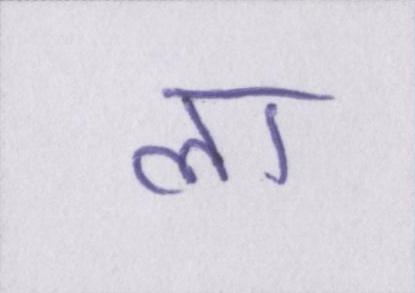
ला